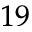
^ { 1 9 }